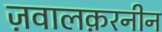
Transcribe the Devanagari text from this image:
ज़वालक़रनीन